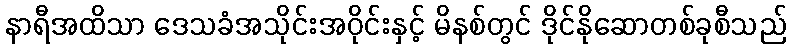
နာရီအထိသာ ဒေသခံအသိုင်းအဝိုင်းနှင့် မိနစ်တွင် ဒိုင်နိုဆောတစ်ခုစီသည်